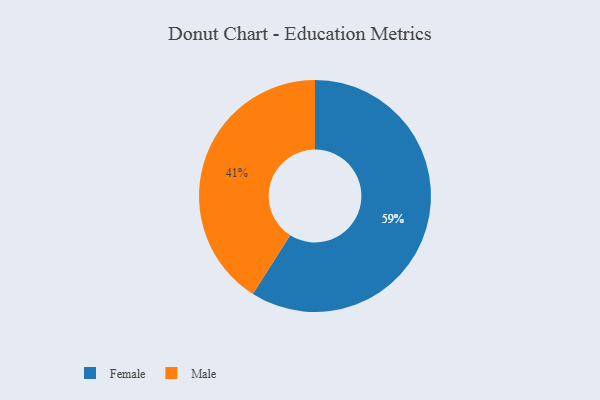
{"axis": {"x": "Category", "y": "Percentage"}, "legend": ["Female", "Male"], "data": [{"x": "Male", "y": 41, "type": "Male"}, {"x": "Female", "y": 59, "type": "Female"}]}